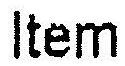
ITEM